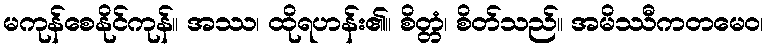
မကုန်စေနိုင်ကုန်။ အဿ၊ ထိုရဟန်း၏။ စိတ္တံ၊ စိတ်သည်။ အမိဿီကတမေဝ၊